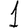
Digit: 1